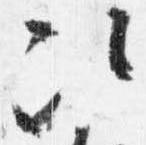
次